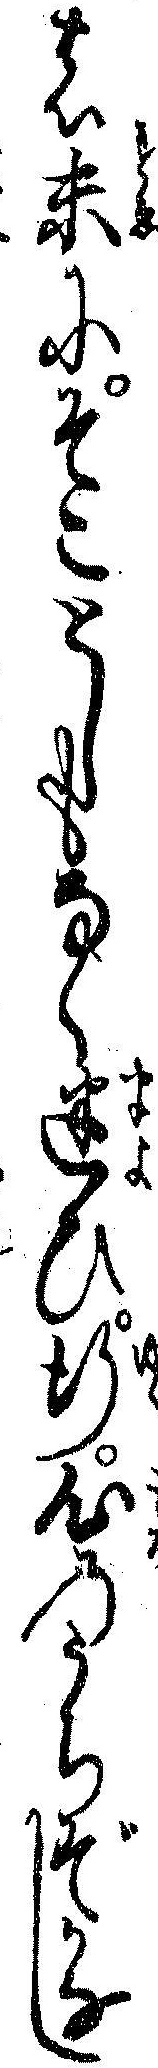
の末にそことしもなく迷ひ行心のうちぞかなし